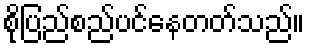
စိုပြည်စည်ပင်နေတတ်သည်။